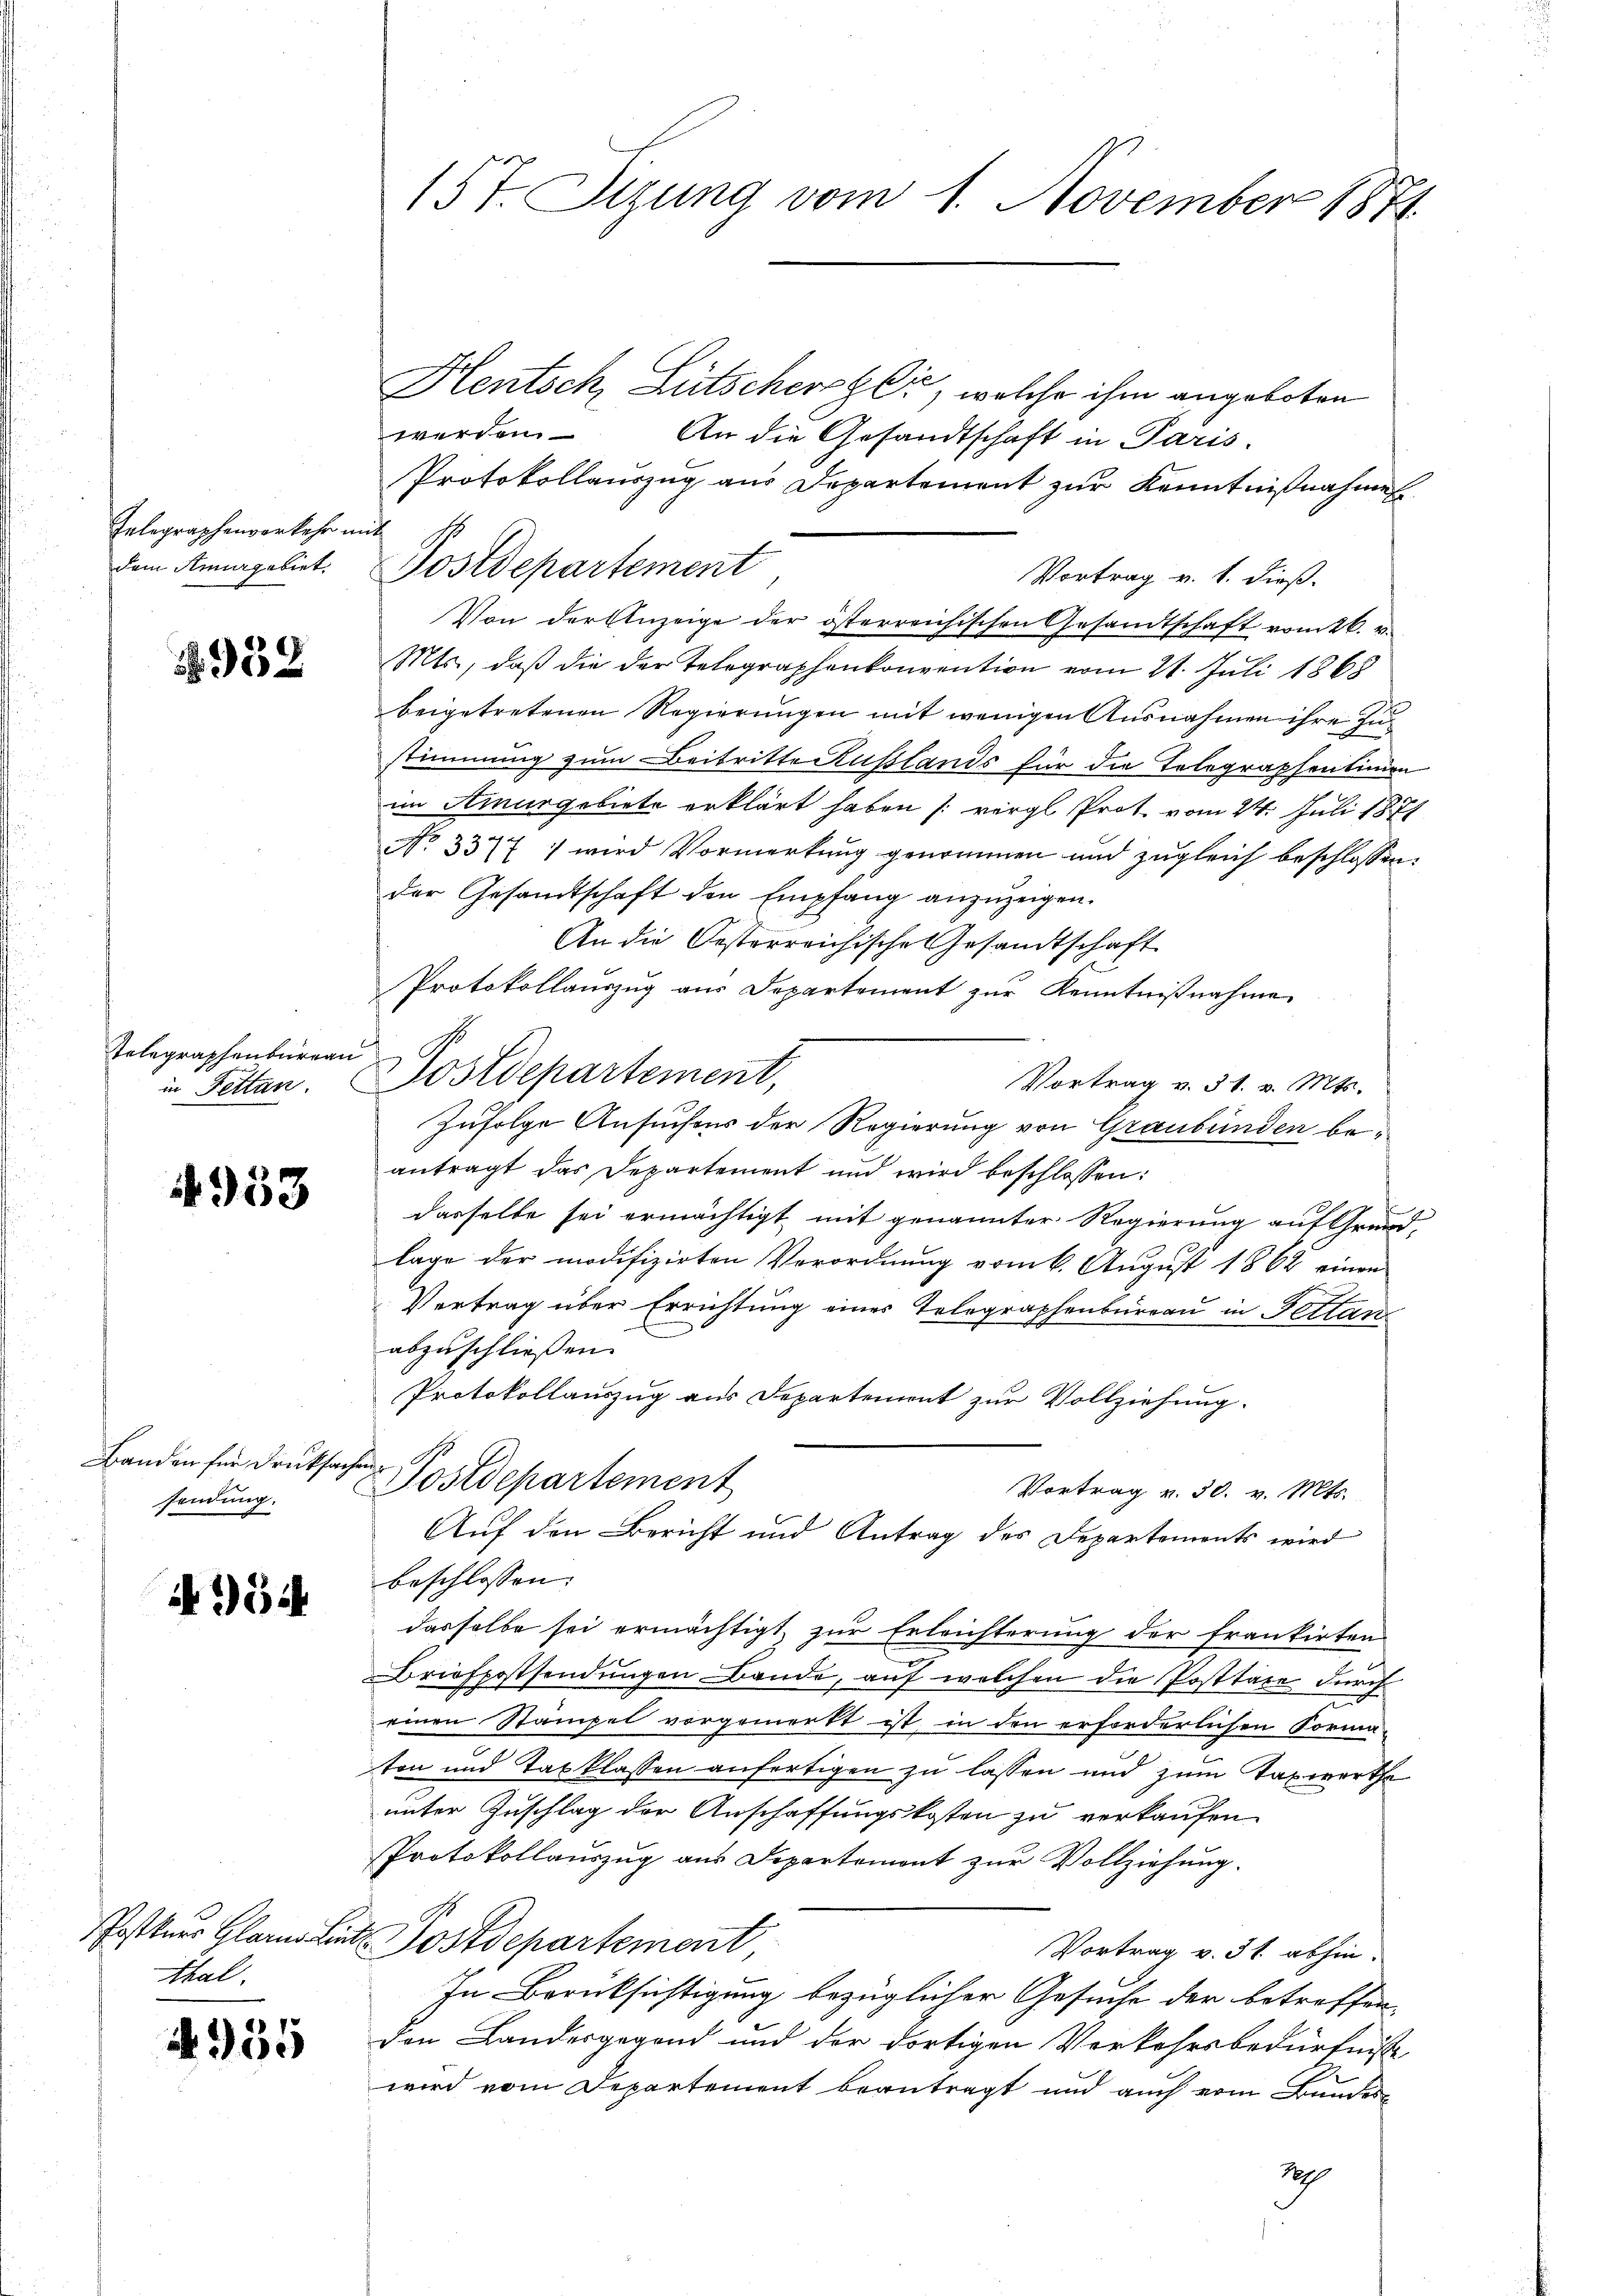
157. Sizung vom 1. November 1874.

Hentsch, Lütscherger, welche ihm angeboten
werden
An die Gesandtschaft in Paris.
Protokollauszug aus Departement zur Kenntnißnahmen
Postdepartement
Vortrag v. 1. dieß.
Von der Anzeige der österreichischen Gesandtschaft vom 26. v.
Mts., daß die der Telegraphenkonvention vom 21. Juli 1868
beigetretenen Regierungen mit wenigen Ausnahmen ihre zu
stimmung zum Beitritte Kusslands für die Telegraphentimen
im Ainargebiete erklärt haben (: vergl. Prot. vom 24. Juli 1877
No 3377 : wird Vormerkung genommen und zugleich beschlossen:
der Gesandtschaft den Empfang anzuzeigen.
An die Oesterreichische Gesandtschaft
Protokollauszug aus Departement zur Kenntnißnahme
Postdepartement,
Vortrag v. 31. v. Mts.
Zufolge Ansuchens der Regierung von Graubünden beantragt das Departement und wird beschlossen:
dasselbe sei ermächtigt mit genannter Regierung auf Grund-
lage der modifizirten Verordnung vom 6. August 1862 einen
Vertrag über Errichtung eines Telegraphenbureau in Fettan
abzuschließen.
Protokollauszug aus Departement zur Vollziehung.
Postdepartement
Vortrag v. 30. v. Mts.
Auf den Bericht und Antrag des Departements wird
beschlossen:
dasselbe sei ermächtigt, zur Erleichterung der frankirten
Briefpostsendungen Bande, auf welchen die Posttage durch
einen Stämpel vorgemerkt ist, in den erforderlichen Forma-
ton und Taxklassen anfertigen zu lassen und zum Taxwerthe
unter Zuschlag der Anschaffungskosten zu verkaufen
Protokollauszug aus Departemont zur Vollziehung.
Postters Glarne Lit. Postdepartement
Vortrag v. 31. abhin.
In Berücksichtigung bezüglicher Gesuche der betroffen,
den Landesgegend und der dortigen Verkehrsbedürfnisse
wird vom Departement beantragt und auch vom Bundes-
29

Eelegraphenverkehr mit
dem Anna gebiet

1932

Telegraphenbureau
in Fettan.

953

Banden für Drucksachen.
sendung.

4354

Thal.

4955